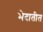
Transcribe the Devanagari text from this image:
भेदातीत